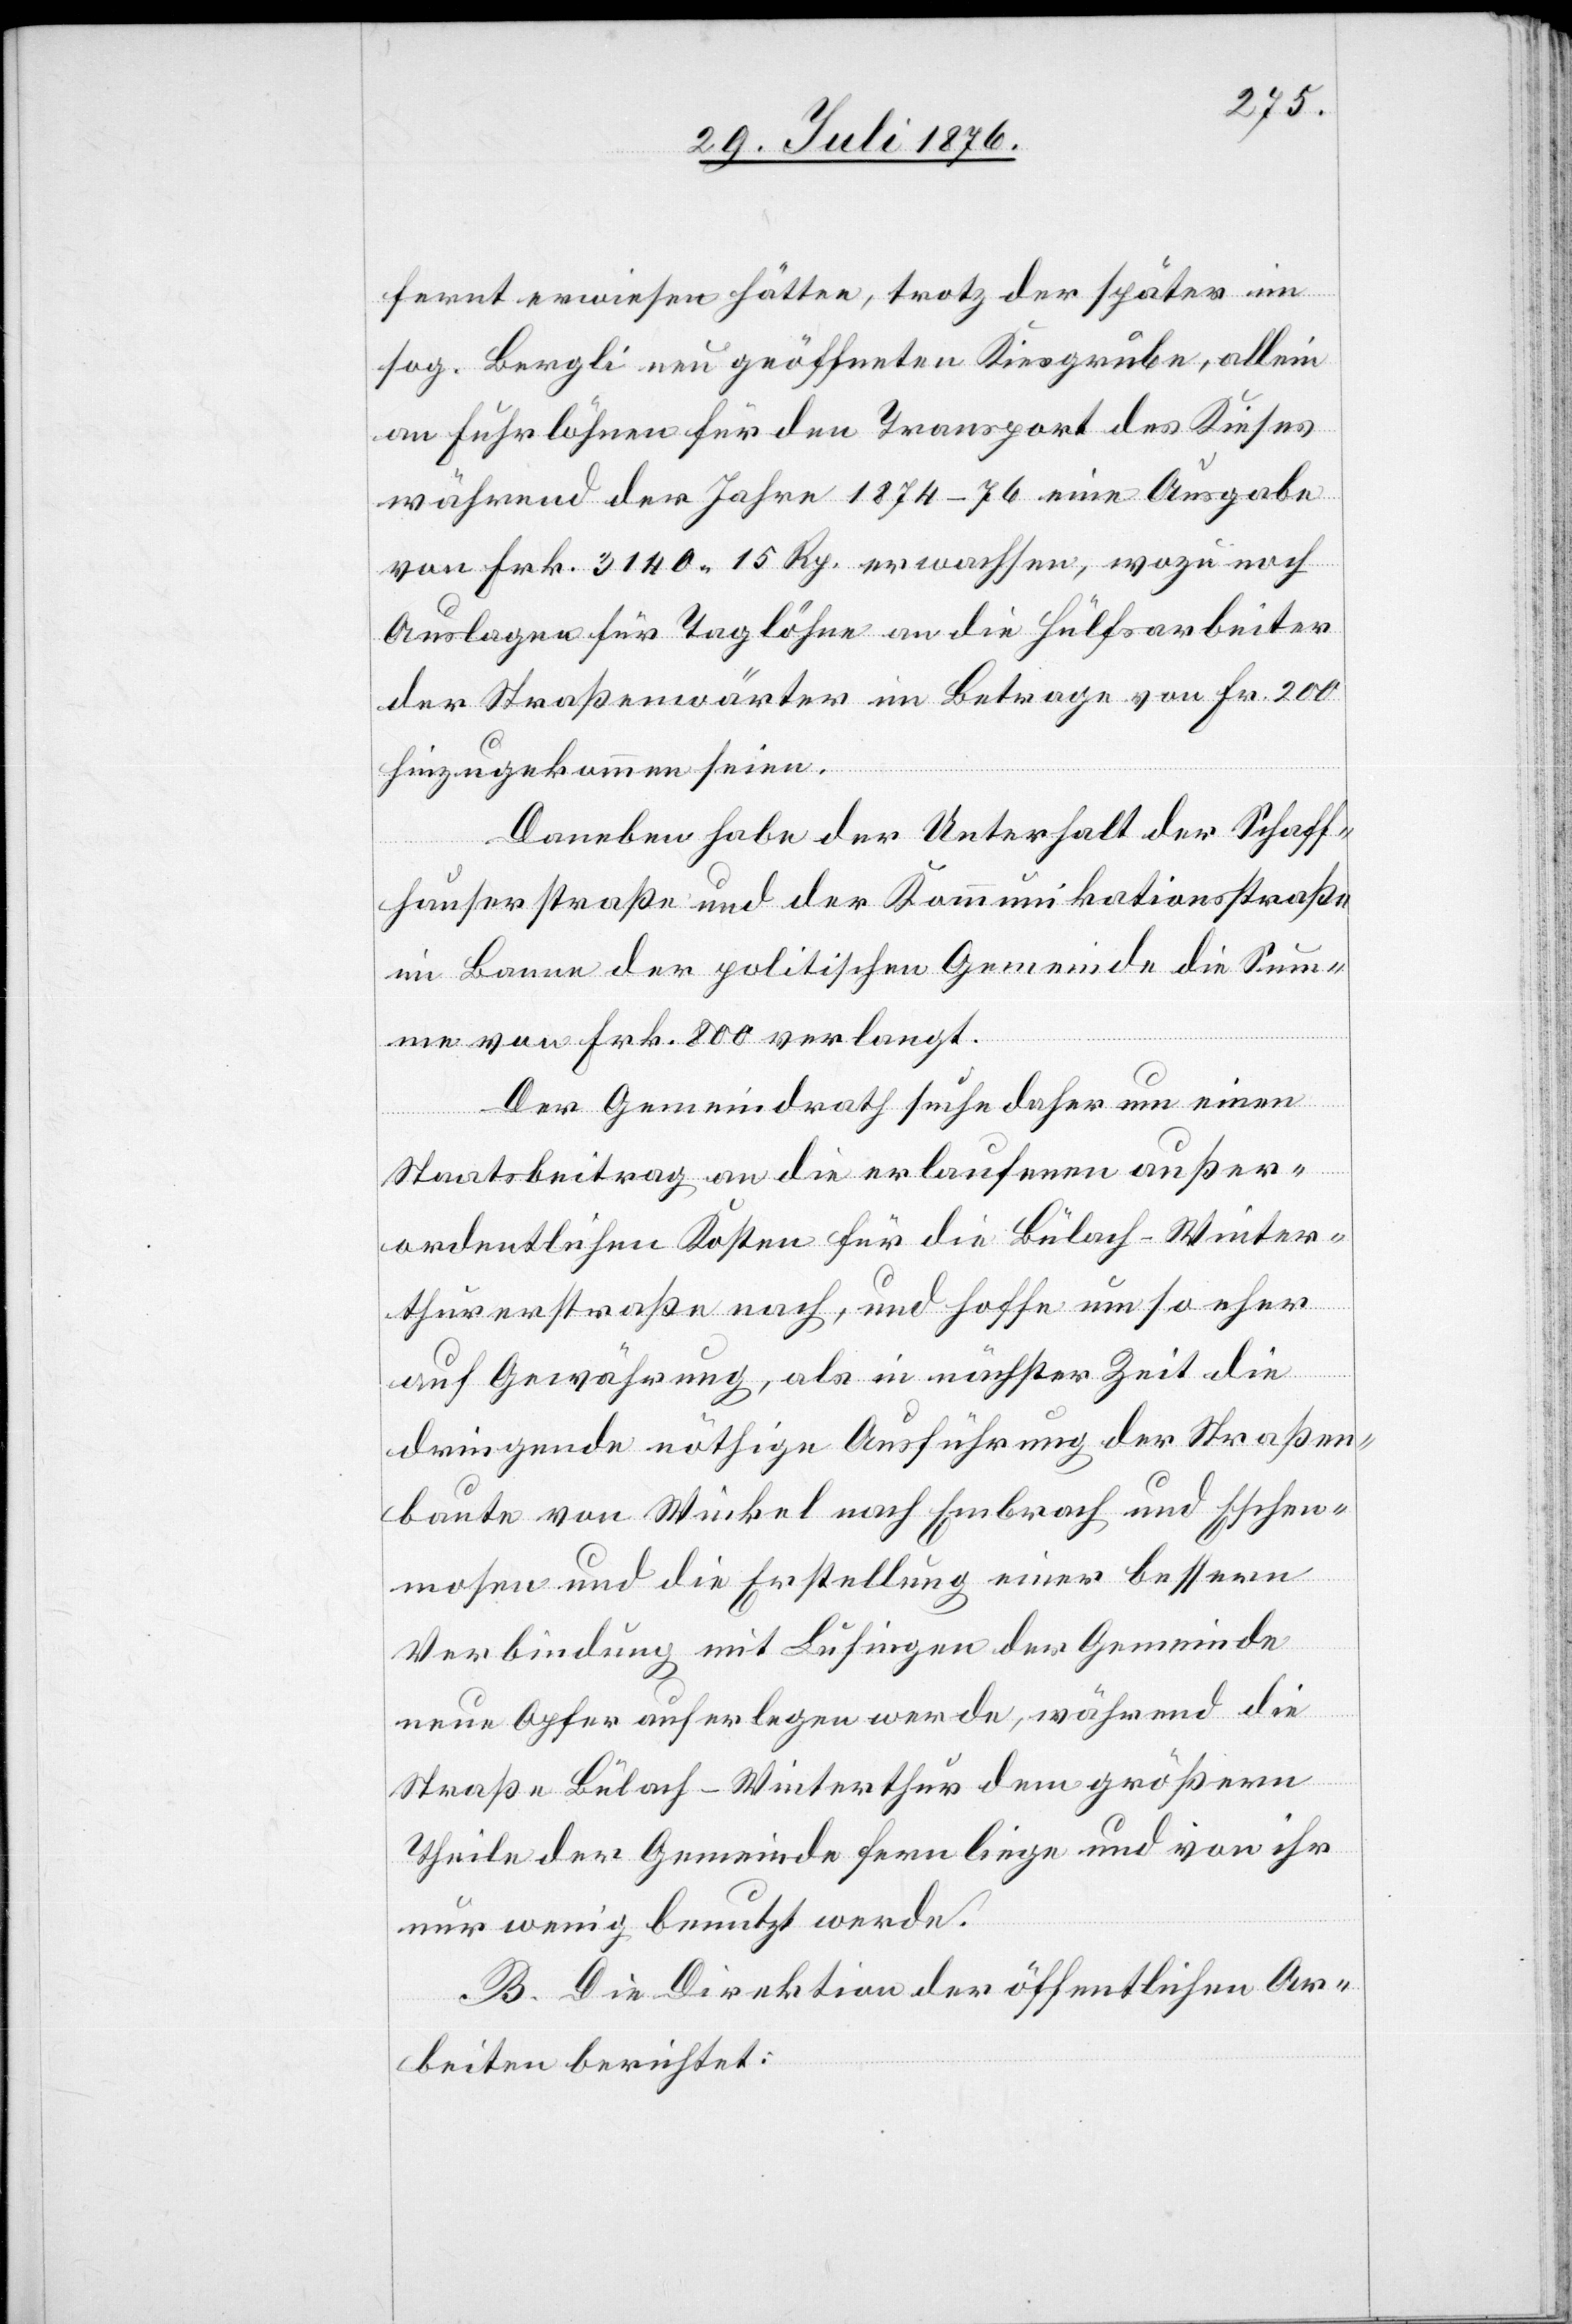
fernt erwiesen hätten, trotz der später im
sog. Bergli neu geöffneten Kiesgrube, allein
an Fuhrlöhnen für den Transport des Kieses
während der Jahre 1874–76 eine Ausgabe
von Frk. 3140 15 Rp. erwachsen, wozu noch
Auslagen für Taglöhne an die Hülfsarbeiter
der Straßenwärter im Betrage von Fr. 200
hinzugekommen seien.
Daneben habe der Unterhalt der Schaff¬
hauserstraße und der Kommunikationsstraße
im Banne der politischen Gemeinde die Sum¬
me von Frk. 800 verlangt.
Der Gemeindrath suche daher um einen
Staatsbeitrag an die erlaufenen außer¬
ordentlichen Kosten für die Bülach-Winter¬
thurerstraße nach, und hoffe um so eher
auf Gewährung, als in nächster Zeit die
dringende nöthige Ausführung der Straßen¬
baute von Winkel nach Embrach und Eschen¬
mosen und die Erstellung einer bessern
Verbindung mit Lufingen der Gemeinde
neue Opfer auferlegen werde, während die
Straße Bülach–Winterthur dem größern
Theile der Gemeinde fernliege und von ihr
nur wenig benutzt werde.
B. Die Direktion der öffentlichen Ar¬
beiten berichtet: